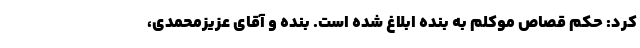
کرد: حکم قصاص موکلم به بنده ابلاغ شده است. بنده و آقای عزیزمحمدی،